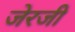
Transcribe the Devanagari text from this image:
जेरजी